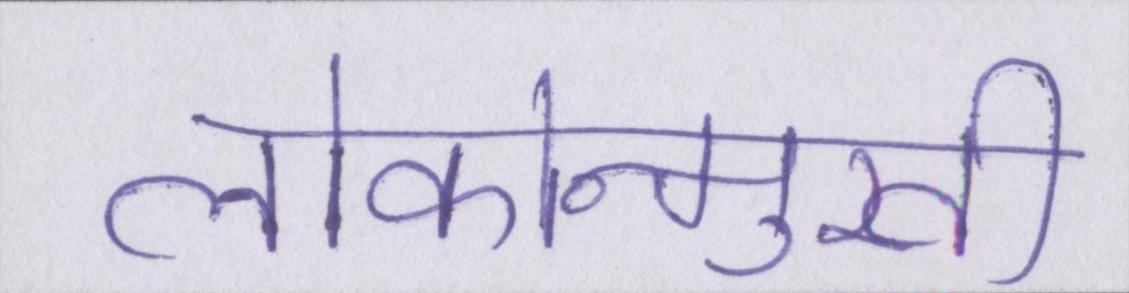
लोकोन्मुखी